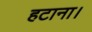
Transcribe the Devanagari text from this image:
हटाना।